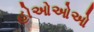
હોઓઓઓ